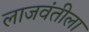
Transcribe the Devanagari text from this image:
लाजवंतीला